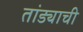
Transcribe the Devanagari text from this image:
तांड्याची